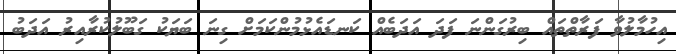
އިހުމާލުވާ ފަރާތްތައް ބިރުގަންނަ ފަދަ އަދަބެއް ކަނޑައެޅުމުންކަމަށް ގިނަ ބަޔަކު ގަބޫލުކުރާއިރު އަދަބު